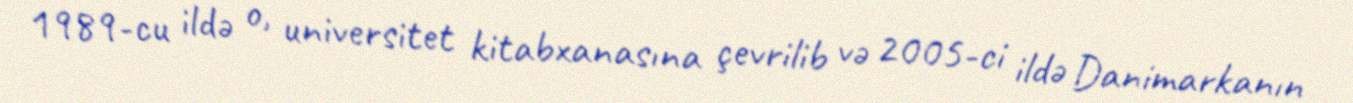
1989-cu ildə o, universitet kitabxanasına çevrilib və 2005-ci ildə Danimarkanın